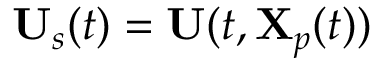
\mathbf { U } _ { s } ( t ) = \mathbf { U } ( t , \mathbf { X } _ { p } ( t ) )